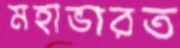
মহাভারত